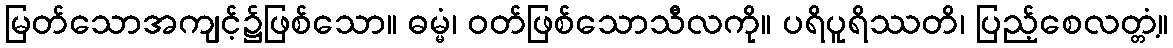
မြတ်သောအကျင့်၌ဖြစ်သော။ ဓမ္မံ၊ ဝတ်ဖြစ်သောသီလကို။ ပရိပူရိဿတိ၊ ပြည့်စေလတ္တံ့။